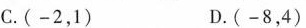
C. (-2，1) D. (-8，4)